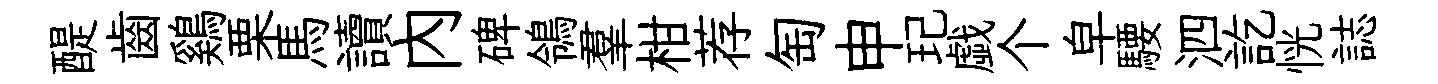
醍齒鷄栗馬讀內碑鴒羣柑荐匋申玘戯个皁騕泗訖恍誌